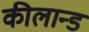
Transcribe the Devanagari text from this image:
कीलान्ड